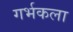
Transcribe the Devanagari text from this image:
गर्भकला